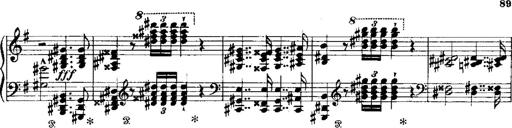
Title: RÃ©miniscences de Norma de Bellini
Composer: Franz Liszt